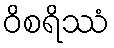
ဝိစရိဿံ